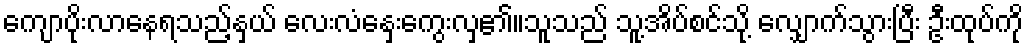
ကျောပိုးလာနေရသည့်နှယ် လေးလံနှေးကွေးလှ၏။သူသည် သူ့အိပ်စင်သို့ လျှောက်သွားပြီး ဦးထုပ်ကို